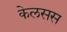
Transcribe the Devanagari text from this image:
केलसस